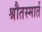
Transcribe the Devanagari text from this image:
श्रौतस्मार्त